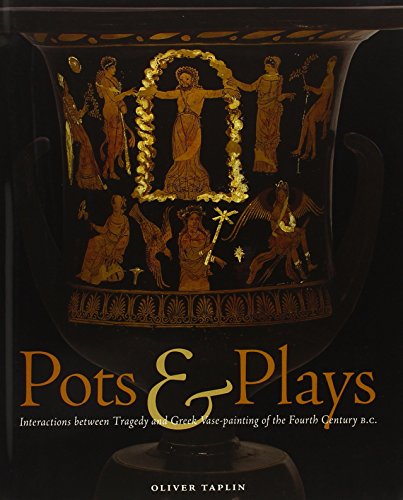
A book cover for Pots & Plays: Interactions between Tragedy and Greek Vase-painting of the Fourth Century B.C.; Oliver Taplin; Literature & Fiction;